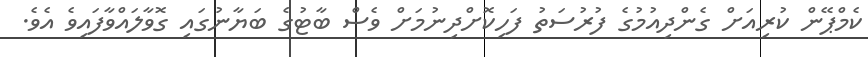
ކެމްޕޭން ކުރިއަށް ގެންދިއުމުގެ ފުރުސަތު ފަހިކޮށްދިނުމަށް ވެސް ބާޓުގެ ބަޔާނުގައި ގޮވާލައްވާފައިވެ އެވެ.